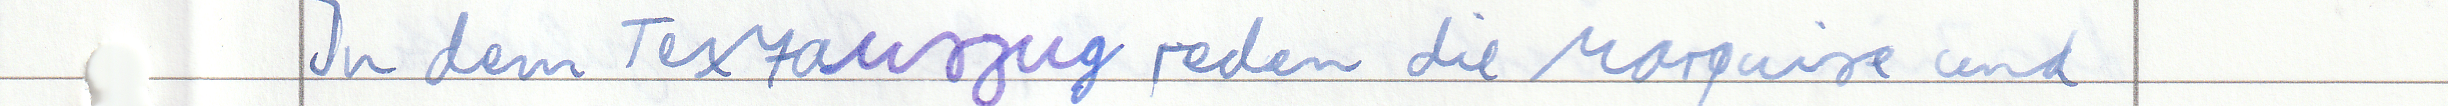
In dem Textauszug reden die Marquise und